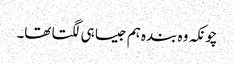
چونکہ وہ بندہ ہم جیسا ہی لگتا تھا۔